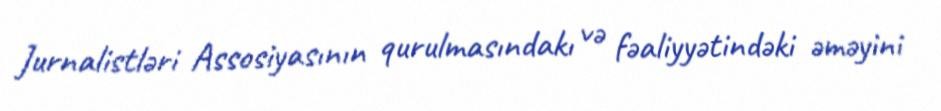
Jurnalistləri Assosiyasının qurulmasındakı və fəaliyyətindəki əməyini